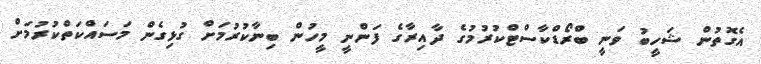
އެގޮތުން ޝަހީބު ވަނީ ބްރޯޑްކާސްޓްކުރުމުގެ ދާއިރާގެ ފަންނީ މީހުން ބިނާކުރުމަށް ގުޅިގެން މަސައްކަތްކުރުމަށް